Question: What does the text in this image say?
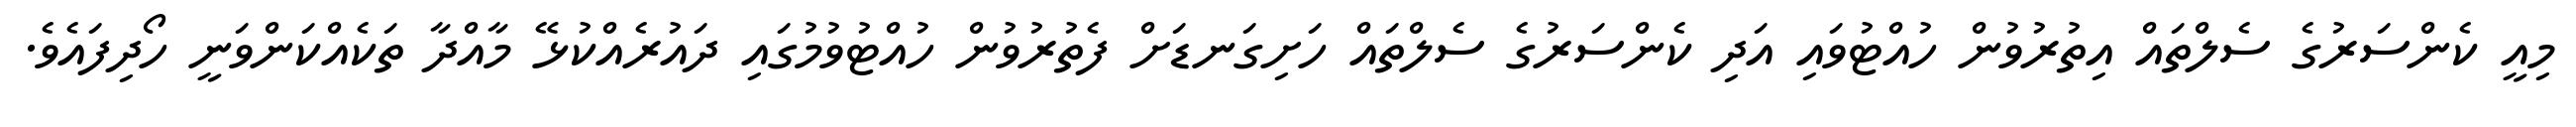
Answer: މިއީ ކެންސަރުގެ ސެލްތައް އިތުރުވުން ހުއްޓުވައި އަދި ކެންސަރުގެ ސެލްތައް ހަށިގަނޑަށް ފެތުރުވުން ހުއްޓުވުމުގައި ދައުރެއްކުޅޭ މާއްދާ ތަކެއްކަންވަނީ ހޯދިފައެވެ.